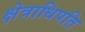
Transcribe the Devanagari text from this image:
क्षेत्राधिपति